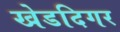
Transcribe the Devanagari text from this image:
खेडदिगर